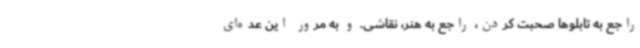
راجع به تابلوها صحبت کردن، راجع به هنر، نقاشی. و به مرور این عده‌ای